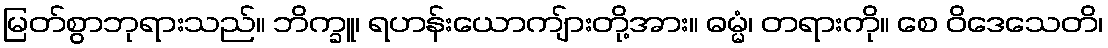
မြတ်စွာဘုရားသည်။ ဘိက္ခူ၊ ရဟန်းယောကျ်ားတို့အား။ ဓမ္မံ၊ တရားကို။ စေ ဝိဒေသေတိ၊